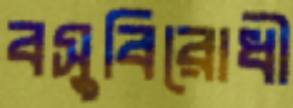
বসুবিরোধী